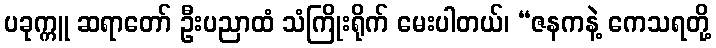
ပခုက္ကူ ဆရာတော် ဦးပညာထံ သံကြိုးရိုက် မေးပါတယ်၊ “ဇနကနဲ့ ကေသရတို့